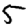
Digit: 5